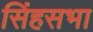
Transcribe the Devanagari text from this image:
सिंहसभा